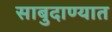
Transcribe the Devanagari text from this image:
साबुदाण्यात